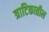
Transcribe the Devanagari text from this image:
त्राटिकातील